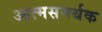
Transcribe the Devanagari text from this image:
आत्मसमर्थक